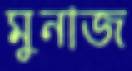
মুনাজ